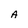
Character: A